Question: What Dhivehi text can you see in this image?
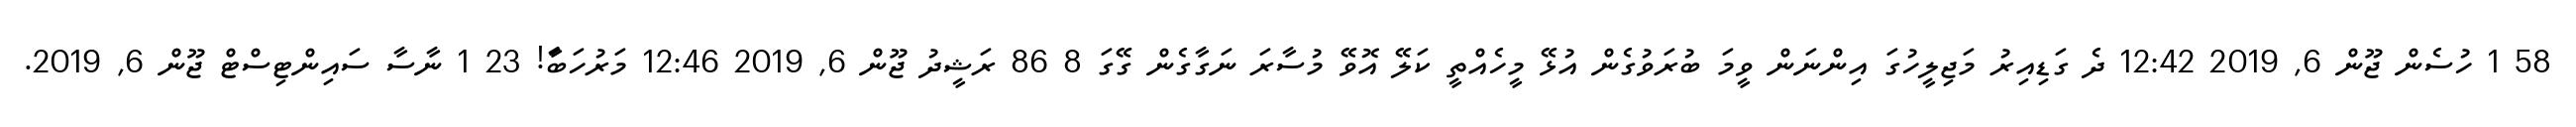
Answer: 58 1 ހުސެން ޖޫން 6, 2019 12:42 ދެ ގަޑިއިރު މަޖިލީހުގަ އިންނަން ވީމަ ބުރަވުގެން އުޅޭ މީހެއްތީ ކަލޭ އޮވޭ މުސާރަ ނަގާގެން ގޭގަ 8 86 ރަޝީދު ޖޫން 6, 2019 12:46 މަރުހަބާަ! 23 1 ނާސާ ސައިންޓިސްޓް ޖޫން 6, 2019.